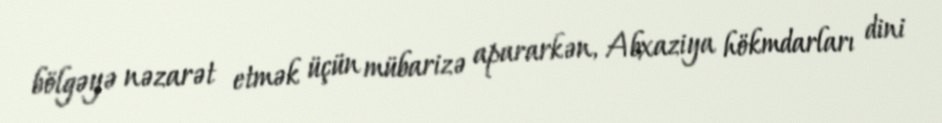
bölgəyə nəzarət etmək üçün mübarizə apararkən, Abxaziya hökmdarları dini